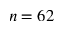
n = 6 2